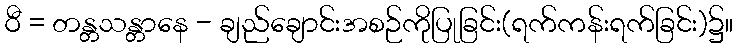
ဝီ = တန္တသန္တာနေ - ချည်ချောင်းအစဉ်ကိုပြုခြင်း(ရက်ကန်းရက်ခြင်း)၌။